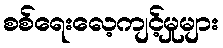
စစ်ရေးလေ့ကျင့်မှုများ